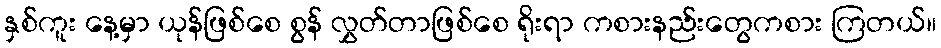
နှစ်ကူး နေ့မှာ ယုန်ဖြစ်စေ စွန် လွှတ်တာဖြစ်စေ ရိုးရာ ကစားနည်းတွေကစား ကြတယ်။